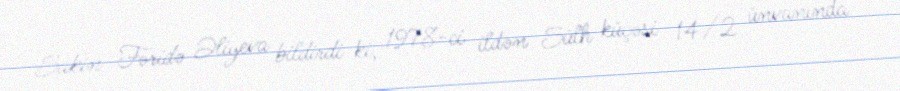
Sakin Fəridə Əliyeva bildirdi ki, 1978-ci ildən Sülh küçəsi 14/2 ünvanında